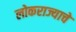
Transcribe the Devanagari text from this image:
लोकराज्याचे